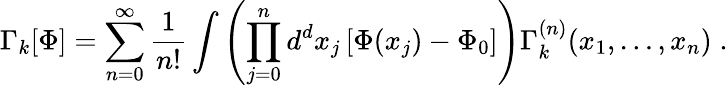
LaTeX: \Gamma_{k}[\Phi]=\sum_{n=0}^{\infty}\frac{1}{n!}\int\left(\prod_{j=0}^{n}d^{d}x_{j}\left[\Phi(x_{j})-\Phi_{0}\right]\right)\Gamma_{k}^{(n)}(x_{1},\ldots,x_{n})\; .